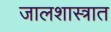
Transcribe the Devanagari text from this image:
जालशास्त्रात